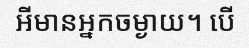
អីមានអ្នកចម្ងាយ។ បើ